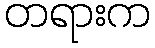
တရားက